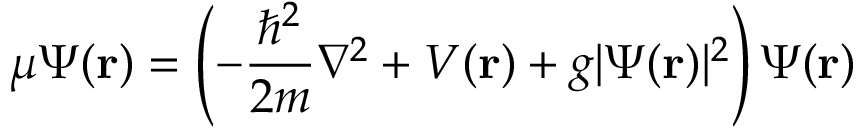
\mu \Psi ( \mathbf { r } ) = \left( - { \frac { \hbar ^ { 2 } } { 2 m } } \nabla ^ { 2 } + V ( \mathbf { r } ) + g \vert \Psi ( \mathbf { r } ) \vert ^ { 2 } \right) \Psi ( \mathbf { r } )